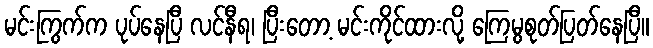
မင်းကြွက်က ပုပ်နေပြီ လင်နီရ၊ ပြီးတော့ မင်းကိုင်ထားလို့ ကြေမွစုတ်ပြတ်နေပြီ။